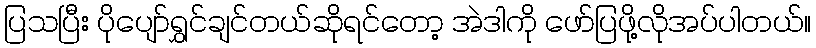
ပြသပြီး ပိုပျော်ရွှင်ချင်တယ်ဆိုရင်တော့ အဲဒါကို ဖော်ပြဖို့လိုအပ်ပါတယ်။